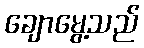
ချောမွေ့သည်